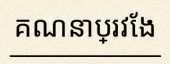
គណនាប្រវែង